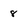
Character: 8